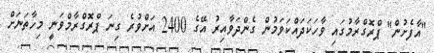
"އާފެށުން" ޕްރޮގްރާމުގައި ވާހަކަދައްކަވަމުން ގެންދަވާއިރު އޭގެ 2400 އަށްވުރެ ގިނަ ޕްރޮގްރާމްވަނީ މިހާތަނަށް